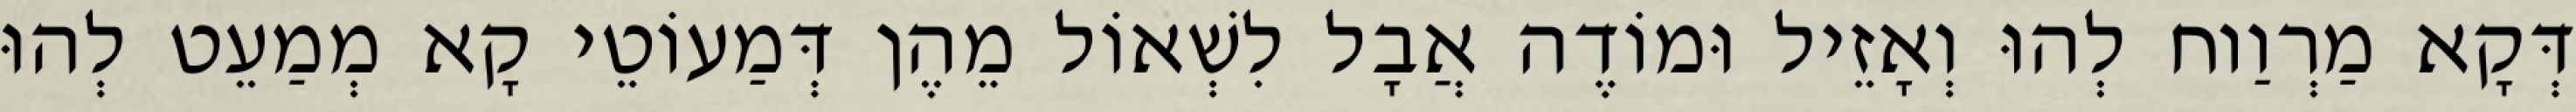
דְּקָא מַרְוַוח לְהוּ וְאָזֵיל וּמוֹדֶה אֲבָל לִשְׁאוֹל מֵהֶן דְּמַעוֹטֵי קָא מְמַעֵט לְהוּ